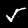
Label: 5